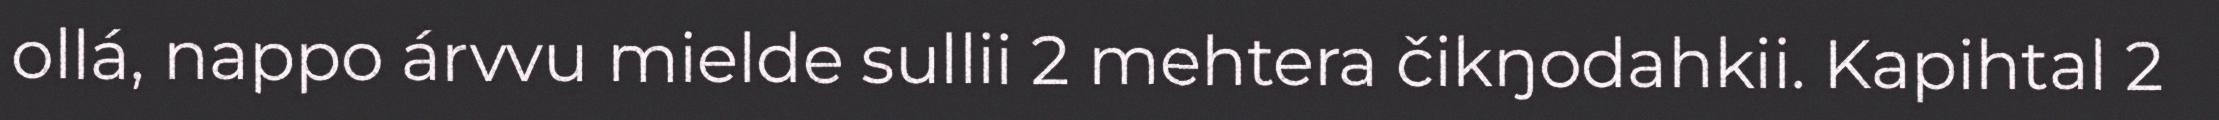
ollá, nappo árvvu mielde sullii 2 mehtera čikŋodahkii. Kapihtal 2